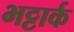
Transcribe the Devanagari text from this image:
भट्टार्क